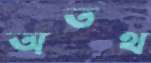
অতথ